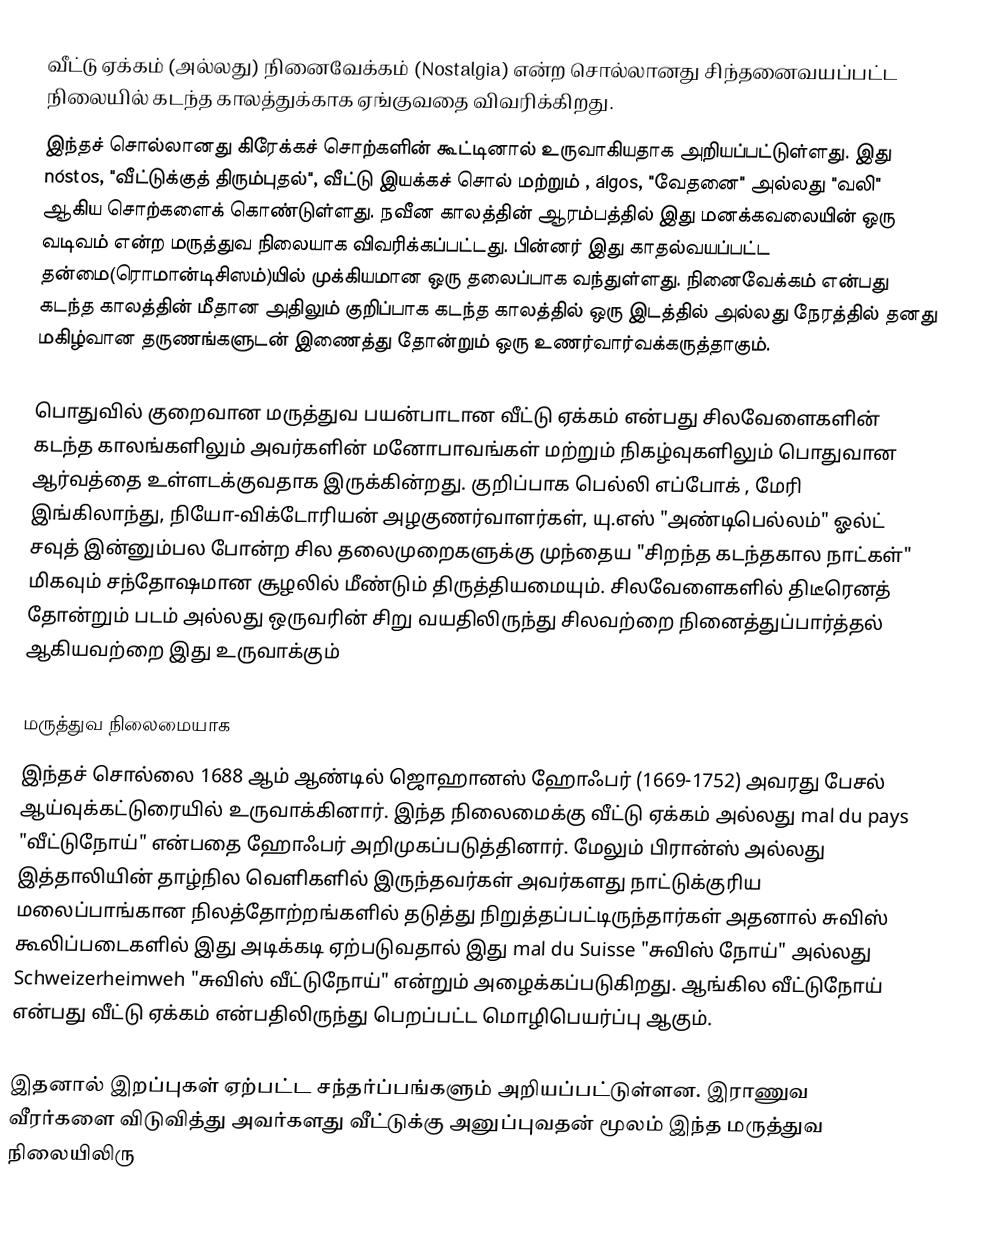
வீட்டு ஏக்கம் (அல்லது) நினைவேக்கம் (Nostalgia) என்ற சொல்லானது சிந்தனைவயப்பட்ட நிலையில் கடந்த காலத்துக்காக ஏங்குவதை விவரிக்கிறது.
இந்தச் சொல்லானது கிரேக்கச் சொற்களின் கூட்டினால் உருவாகியதாக அறியப்பட்டுள்ளது. இது  nóstos, "வீட்டுக்குத் திரும்புதல்", வீட்டு இயக்கச் சொல் மற்றும் , álgos, "வேதனை" அல்லது "வலி" ஆகிய சொற்களைக் கொண்டுள்ளது. நவீன காலத்தின் ஆரம்பத்தில் இது மனக்கவலையின் ஒரு வடிவம் என்ற மருத்துவ நிலையாக விவரிக்கப்பட்டது. பின்னர் இது காதல்வயப்பட்ட தன்மை(ரொமான்டிசிஸம்)யில் முக்கியமான ஒரு தலைப்பாக வந்துள்ளது. நினைவேக்கம் என்பது கடந்த காலத்தின் மீதான அதிலும் குறிப்பாக கடந்த காலத்தில் ஒரு இடத்தில் அல்லது நேரத்தில் தனது மகிழ்வான தருணங்களுடன் இணைத்து தோன்றும் ஒரு உணர்வார்வக்கருத்தாகும்.

பொதுவில் குறைவான மருத்துவ பயன்பாடான வீட்டு ஏக்கம் என்பது சிலவேளைகளின் கடந்த காலங்களிலும் அவர்களின் மனோபாவங்கள் மற்றும் நிகழ்வுகளிலும் பொதுவான ஆர்வத்தை உள்ளடக்குவதாக இருக்கின்றது. குறிப்பாக பெல்லி எப்போக் , மேரி இங்கிலாந்து, நியோ-விக்டோரியன் அழகுணர்வாளர்கள், யு.எஸ் "அண்டிபெல்லம்" ஓல்ட் சவுத் இன்னும்பல போன்ற சில தலைமுறைகளுக்கு முந்தைய "சிறந்த கடந்தகால நாட்கள்" மிகவும் சந்தோஷமான சூழலில் மீண்டும் திருத்தியமையும். சிலவேளைகளில் திடீரெனத் தோன்றும் படம் அல்லது ஒருவரின் சிறு வயதிலிருந்து சிலவற்றை நினைத்துப்பார்த்தல் ஆகியவற்றை இது உருவாக்கும்

மருத்துவ நிலைமையாக
இந்தச் சொல்லை 1688 ஆம் ஆண்டில் ஜொஹானஸ் ஹோஃபர் (1669-1752) அவரது பேசல் ஆய்வுக்கட்டுரையில் உருவாக்கினார். இந்த நிலைமைக்கு வீட்டு ஏக்கம் அல்லது mal du pays "வீட்டுநோய்" என்பதை ஹோஃபர் அறிமுகப்படுத்தினார். மேலும் பிரான்ஸ் அல்லது இத்தாலியின் தாழ்நில வெளிகளில் இருந்தவர்கள் அவர்களது நாட்டுக்குரிய மலைப்பாங்கான நிலத்தோற்றங்களில் தடுத்து நிறுத்தப்பட்டிருந்தார்கள் அதனால் சுவிஸ் கூலிப்படைகளில் இது அடிக்கடி ஏற்படுவதால் இது mal du Suisse "சுவிஸ் நோய்" அல்லது Schweizerheimweh "சுவிஸ் வீட்டுநோய்" என்றும் அழைக்கப்படுகிறது. ஆங்கில வீட்டுநோய் என்பது வீட்டு ஏக்கம் என்பதிலிருந்து பெறப்பட்ட மொழிபெயர்ப்பு ஆகும்.

இதனால் இறப்புகள் ஏற்பட்ட சந்தர்ப்பங்களும் அறியப்பட்டுள்ளன. இராணுவ வீரர்களை விடுவித்து அவர்களது வீட்டுக்கு அனுப்புவதன் மூலம் இந்த மருத்துவ நிலையிலிரு